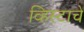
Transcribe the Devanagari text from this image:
व्हिस्टाचे